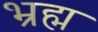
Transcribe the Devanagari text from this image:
भ्रह्म